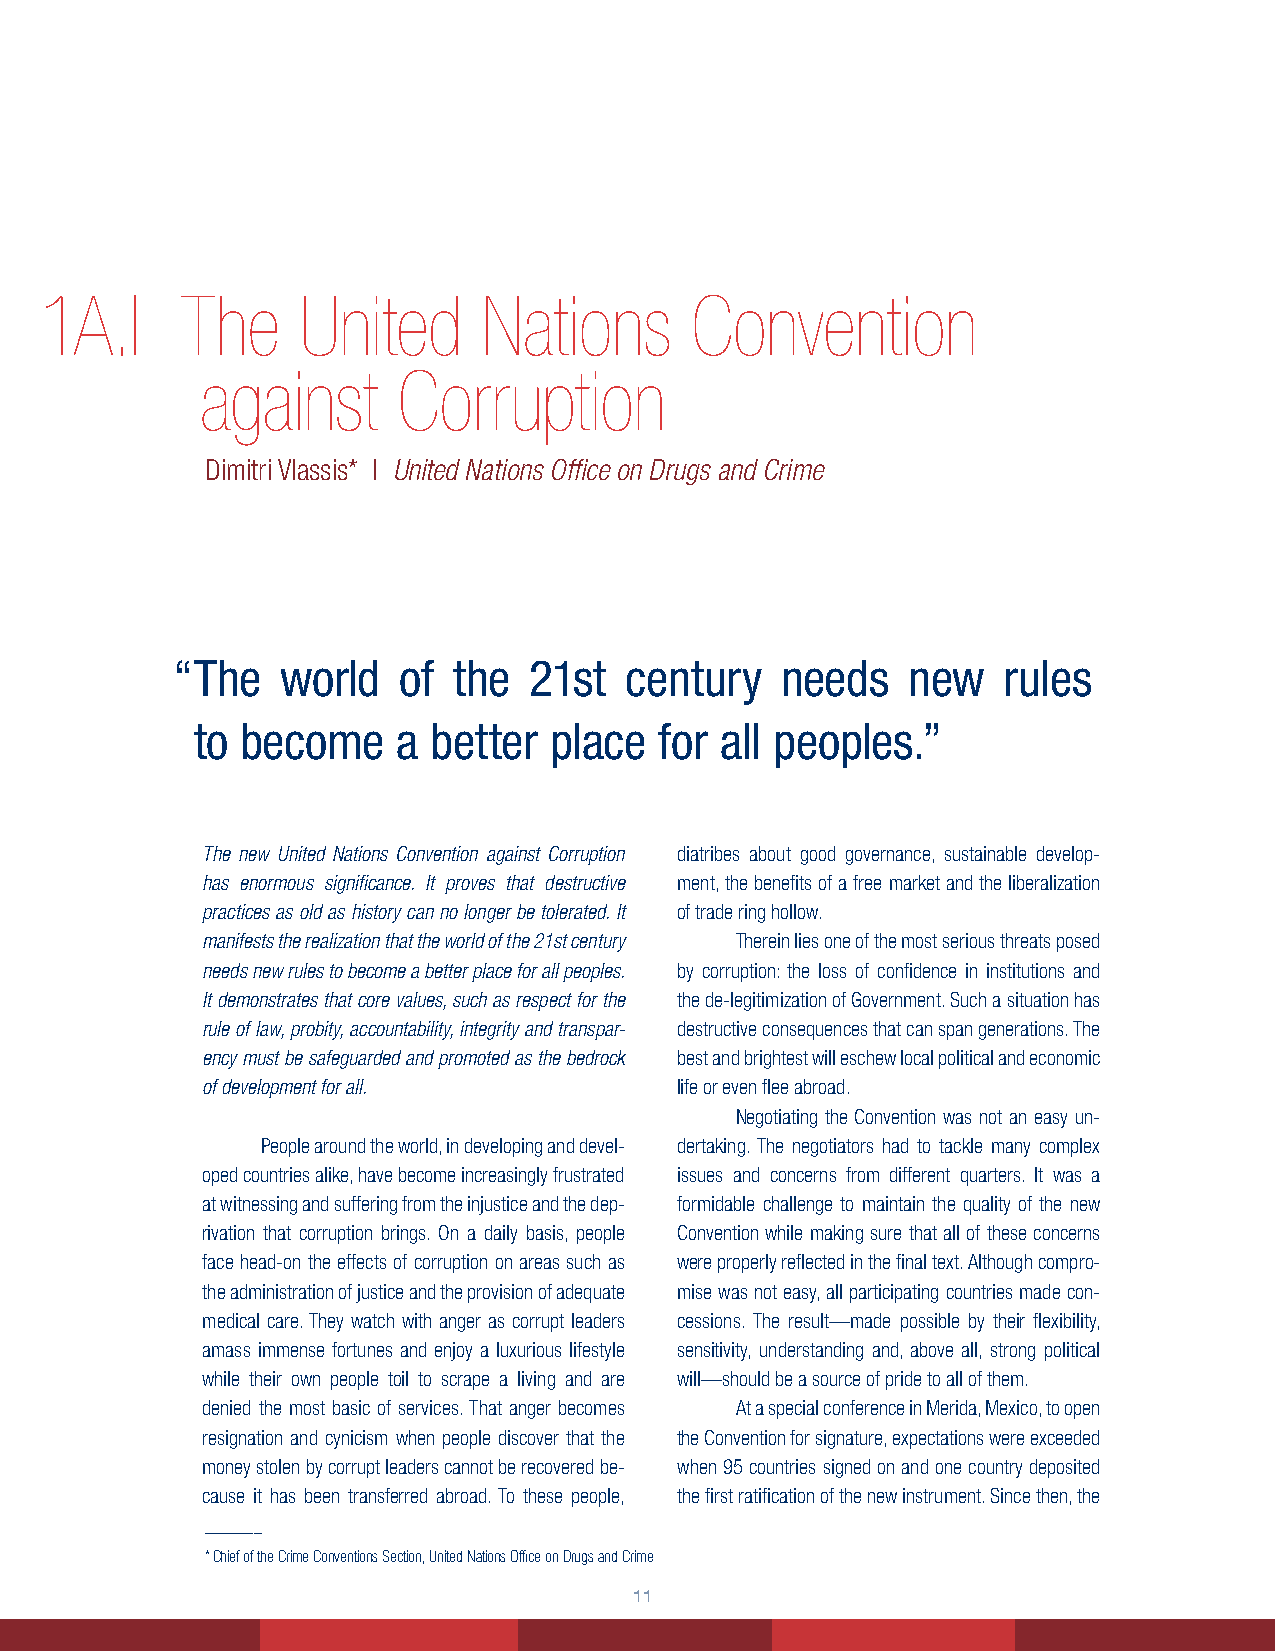
1A.I     The     United      Nations       Convention
 against      Corruption
 Dimitri Vlassis* | United Nations Office on Drugs and Crime
 “ The   world  of  the  21st  century    needs   new   rules
 to become    a  better place   for all peoples.”
 The new United Nations Convention against Corruption diatribes about good governance, sustainable develop-
 has enormous significance. It proves that destructive ment, the benefits of a free market and the liberalization
 practices as old as history can no longer be tolerated. It of trade ring hollow.
 manifests the realization that the world of the 21st century Therein lies one of the most serious threats posed
 needs new rules to become a better place for all peoples. by corruption: the loss of confidence in institutions and
 It demonstrates that core values, such as respect for the the de-legitimization of Government. Such a situation has
 rule of law, probity, accountability, integrity and transpar- destructive consequences that can span generations. The
 ency must be safeguarded and promoted as the bedrock best and brightest will eschew local political and economic
 of development for all.         life or even flee abroad.
 Negotiating the Convention was not an easy un-
 People around the world, in developing and devel- dertaking. The negotiators had to tackle many complex
 oped countries alike, have become increasingly frustrated issues and concerns from different quarters. It was a
 at witnessing and suffering from the injustice and the dep- formidable challenge to maintain the quality of the new
 rivation that corruption brings. On a daily basis, people Convention while making sure that all of these concerns
 face head-on the effects of corruption on areas such as were properly reflected in the final text. Although compro-
 the administration of justice and the provision of adequate mise was not easy, all participating countries made con-
 medical care. They watch with anger as corrupt leaders cessions. The result—made possible by their flexibility,
 amass immense fortunes and enjoy a luxurious lifestyle sensitivity, understanding and, above all, strong political
 while their own people toil to scrape a living and are will—should be a source of pride to all of them.
 denied the most basic of services. That anger becomes At a special conference in Merida, Mexico, to open
 resignation and cynicism when people discover that the the Convention for signature, expectations were exceeded
 money stolen by corrupt leaders cannot be recovered be- when 95 countries signed on and one country deposited
 cause it has been transferred abroad. To these people, the first ratification of the new instrument. Since then, the
 _______
 * Chief of the Crime Conventions Section, United Nations Office on Drugs and Crime
 11